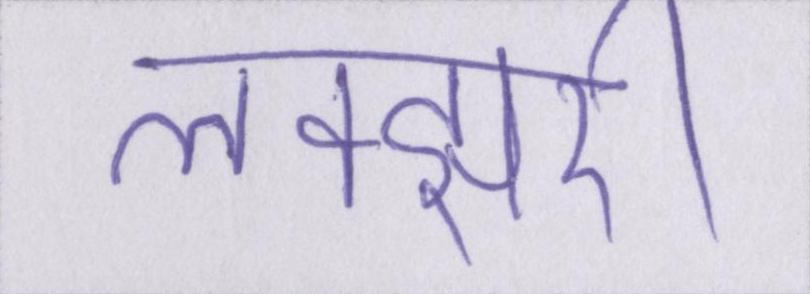
लक्झरी